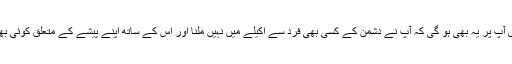
اس میں ایک پابندی آپ پر یہ بھی ہو گی کہ آپ نے دشمن کے کسی بھی فرد سے اکیلے میں نہیں ملنا اور اس کے ساتھ اپنے پیشے کے متعلق کوئی بھی بات نہیں کرنی۔